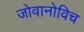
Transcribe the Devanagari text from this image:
जोवानोविच